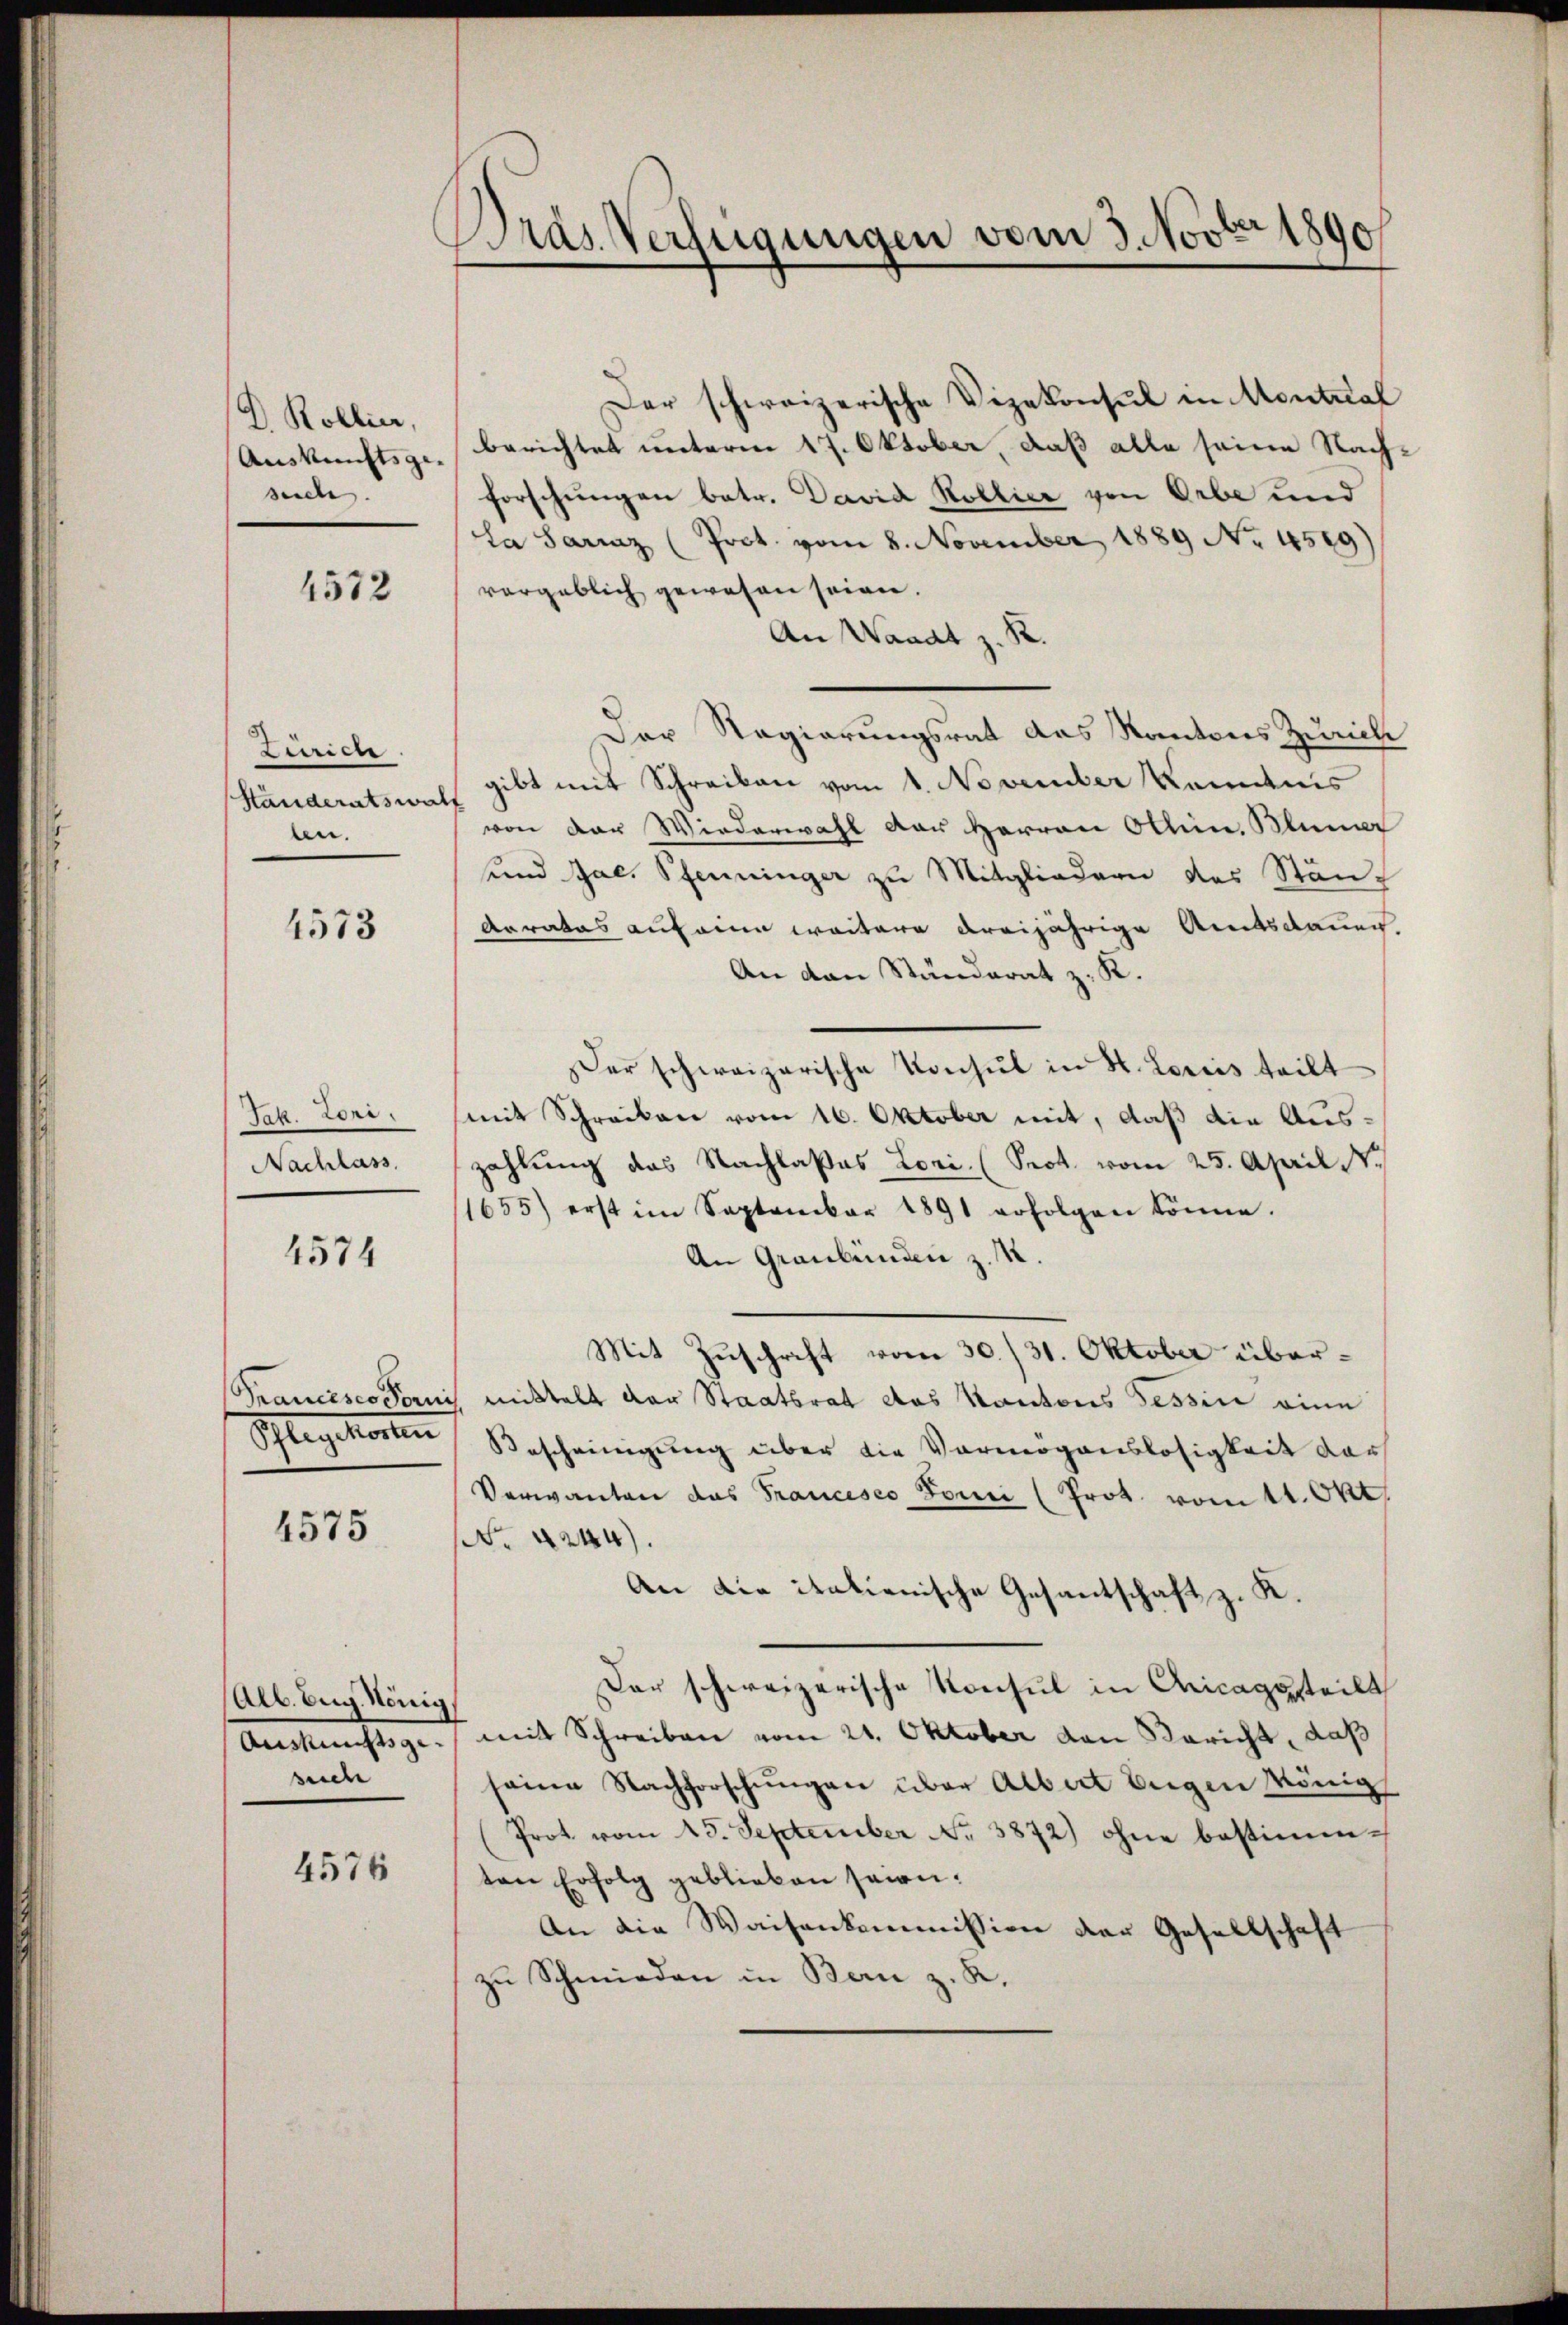
D. Kollier,
Auskunftsge- |
suche. |

4572

Linien
Standeratswal
ben.

4573

Tak. Lori.
Nachlass

4574

Schlagskosten

4575

Alb. Aug. König
Auskunftsge
suche

4576

Bras Verfügungen vom 3. Novber 1890

Der schweizerische Vizekonsul in Montral
berichtet unterm 17. Oktober, daß alle seine Nachforschungen betr. David Kollier von Orbe und
La Saraz (Poct. vom 8. November 1889 No 4589)
vergeblich gewesen seien.
An Waadt z. R.
Der Regierungsrat das Kantons Zürich
gibt mit Schreiben vom 1. November kenntnis
f
von der Wiederwahl der Herren Ottin. Blum
und Jac. Pfenninger zu Mitgliedern des Stän-
Aorates auf eine weitere dreijährige Amtsdauer,
An van Ständerat z. K.
Der schweizerische Konsul in H. Loriis teilt
mit Schreiben vom 16. Oktober mit, daß die Auszahlung das Nachlaßes Lori. (Sept. vom 25. April N.
1655) erst im September 1891 erfolgen könne.
An Graubünden z. B.
Mit Zuschrift vom 30./31. Oktober über¬
Strancesco Paris mittelt der Staatsrat das Kantons Tessin eine
Bescheinigung über die Vermögenslosigkeit dar
Verwanten das Francesco Forni (Prot. vom 11. Okt.
r 4244).
An die italienische Gesantschaft z. K.
Dar schweizerische Konsul in Aricagssteilt
mit Schreiben vom 21. Oktober von Bericht, daß
seine Nachforschungen über Albert Eugen könig
Prot. vom 15. September No 3872) ohne bestimmten Erfolg geblieben seien.
An die Waisenkommission der Gesellschaft
zu Schmieden in Bern z. K.